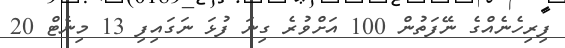
ފިރިހެނެއްގެ ނޭފަތުން 100 އަށްވުރެ ގިނަ ފުޅަ ނަގައިފި 13 މިނެޓް 20